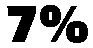
7%